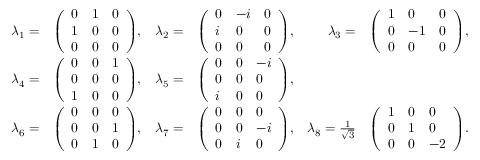
{ \begin{array} { r l r l r l } { \lambda _ { 1 } = } & { { \left( \begin{array} { l l l } { 0 } & { 1 } & { 0 } \\ { 1 } & { 0 } & { 0 } \\ { 0 } & { 0 } & { 0 } \end{array} \right) } , } & { \lambda _ { 2 } = } & { { \left( \begin{array} { l l l } { 0 } & { - i } & { 0 } \\ { i } & { 0 } & { 0 } \\ { 0 } & { 0 } & { 0 } \end{array} \right) } , } & { \lambda _ { 3 } = } & { { \left( \begin{array} { l l l } { 1 } & { 0 } & { 0 } \\ { 0 } & { - 1 } & { 0 } \\ { 0 } & { 0 } & { 0 } \end{array} \right) } , } \\ { \lambda _ { 4 } = } & { { \left( \begin{array} { l l l } { 0 } & { 0 } & { 1 } \\ { 0 } & { 0 } & { 0 } \\ { 1 } & { 0 } & { 0 } \end{array} \right) } , } & { \lambda _ { 5 } = } & { { \left( \begin{array} { l l l } { 0 } & { 0 } & { - i } \\ { 0 } & { 0 } & { 0 } \\ { i } & { 0 } & { 0 } \end{array} \right) } , } \\ { \lambda _ { 6 } = } & { { \left( \begin{array} { l l l } { 0 } & { 0 } & { 0 } \\ { 0 } & { 0 } & { 1 } \\ { 0 } & { 1 } & { 0 } \end{array} \right) } , } & { \lambda _ { 7 } = } & { { \left( \begin{array} { l l l } { 0 } & { 0 } & { 0 } \\ { 0 } & { 0 } & { - i } \\ { 0 } & { i } & { 0 } \end{array} \right) } , } & { \lambda _ { 8 } = { \frac { 1 } { \sqrt { 3 } } } } & { { \left( \begin{array} { l l l } { 1 } & { 0 } & { 0 } \\ { 0 } & { 1 } & { 0 } \\ { 0 } & { 0 } & { - 2 } \end{array} \right) } . } \end{array} }